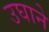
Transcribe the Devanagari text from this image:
उघाने